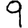
Digit: 9